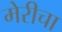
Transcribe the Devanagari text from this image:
मेरीचा